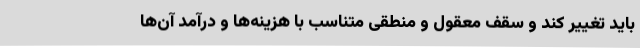
باید تغییر کند و سقف معقول و منطقی متناسب با هزینه‌ها و درآمد آن‌ها